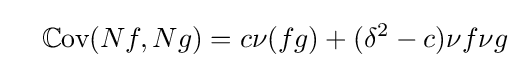
\quad \mathbb {C} {\text{ov}}(Nf,Ng)=c\nu (fg)+(\delta ^{2}-c)\nu f\nu g